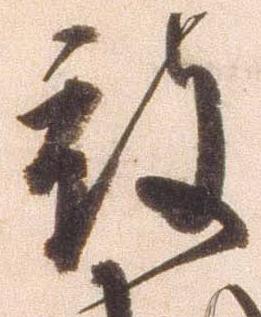
被